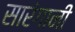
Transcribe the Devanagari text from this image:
सारंगानी